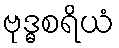
ဗုဒ္ဓစရိယံ